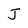
Character: J